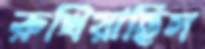
রুখিয়াছিস